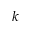
^ { k }